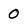
Character: 0